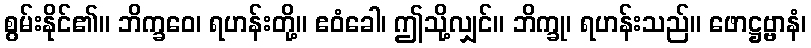
စွမ်းနိုင်၏။ ဘိက္ခဝေ၊ ရဟန်းတို့။ ဧဝံခေါ၊ ဤသို့လျှင်။ ဘိက္ခု၊ ရဟန်းသည်။ ဖောဋ္ဌဗ္ဗာနံ၊